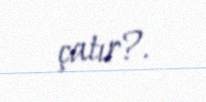
çatır?.